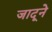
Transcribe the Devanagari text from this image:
जादूने